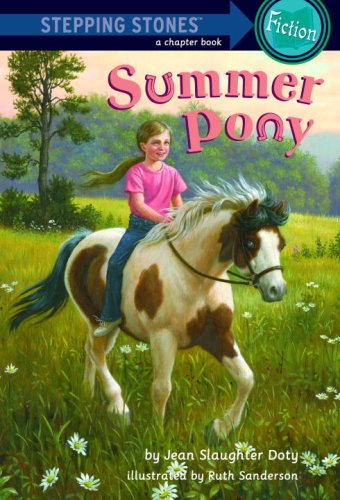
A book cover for Summer Pony (A Stepping Stone Book(TM)); Jean Slaughter Doty; Children's Books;